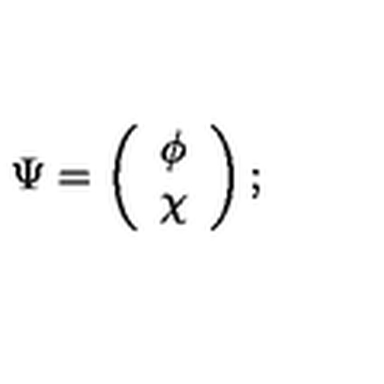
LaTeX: \Psi = \left( \begin{array} { c c } { \phi } \\ { \chi } \\ \end{array} \right) ;